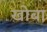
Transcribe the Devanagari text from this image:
खोबा